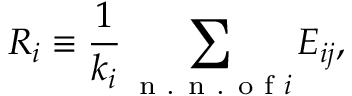
R _ { i } \equiv \frac { 1 } { k _ { i } } \sum _ { { \textrm { n . n . o f } } i } E _ { i j } ,